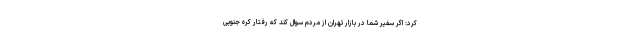
کرد: اگر سفیر شما در بازار تهران از مردم سوال کند که رفتار کره جنوبی